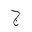
Letter: _gim